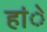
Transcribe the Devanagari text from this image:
हांे